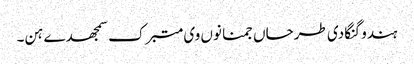
ہندو گنگا دی طرحاں جمنا نوں وی متبرک سمجھدے ہن۔